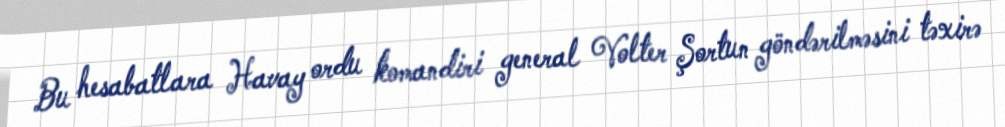
Bu hesabatlara Havay ordu komandiri general Volter Şortun göndərilməsini təxirə